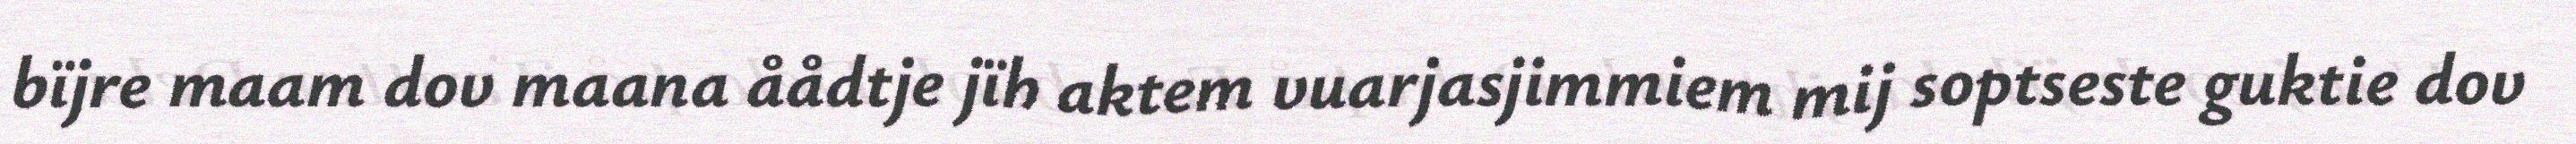
bïjre maam dov maana åådtje jïh aktem vuarjasjimmiem mij soptseste guktie dov